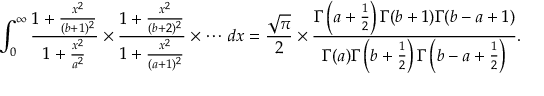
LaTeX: \int _ { 0 } ^ { \infty } { \frac { 1 + { \frac { x ^ { 2 } } { ( b + 1 ) ^ { 2 } } } } { 1 + { \frac { x ^ { 2 } } { a ^ { 2 } } } } } \times { \frac { 1 + { \frac { x ^ { 2 } } { ( b + 2 ) ^ { 2 } } } } { 1 + { \frac { x ^ { 2 } } { ( a + 1 ) ^ { 2 } } } } } \times \cdots \, d x = { \frac { \sqrt { \pi } } { 2 } } \times { \frac { \Gamma \left( a + { \frac { 1 } { 2 } } \right) \Gamma ( b + 1 ) \Gamma ( b - a + 1 ) } { \Gamma ( a ) \Gamma \left( b + { \frac { 1 } { 2 } } \right) \Gamma \left( b - a + { \frac { 1 } { 2 } } \right) } } .